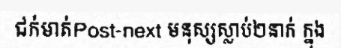
ជក់មាត់Post-next មនុស្សស្លាប់២នាក់ ក្នុង